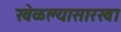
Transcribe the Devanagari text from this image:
खेळल्यासारखा